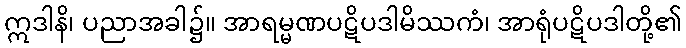
ဣဒါနိ၊ ပညာအခါ၌။ အာရမ္မဏပဋိပဒါမိဿကံ၊ အာရုံပဋိပဒါတို့၏